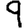
Digit: 9